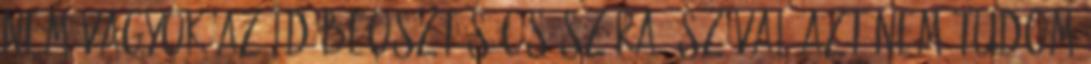
Nem vagyok az időbeosztás császára, szóval azt nem tudom